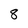
Character: 8